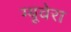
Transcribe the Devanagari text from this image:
ग्यूवेरा